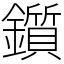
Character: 鑕